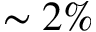
\sim 2 \%